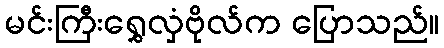
မင်းကြီးရွှေလှံဗိုလ်က ပြောသည်။